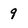
Character: 9